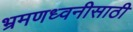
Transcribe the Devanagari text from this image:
भ्रमणध्वनीसाठी